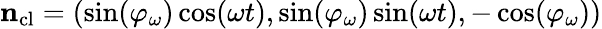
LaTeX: {\mathbf n}_{\mathrm{cl}}=(\sin(\varphi_{\omega})\cos(\omega t),\sin(\varphi_{\omega})\sin(\omega t),-\cos(\varphi_{\omega}))